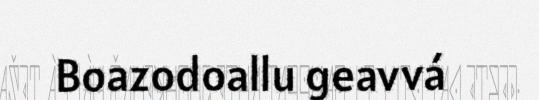
Boazodoallu geavvá